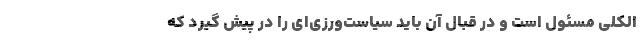
الکلی مسئول است و در قبال آن باید سیاست‌ورزی‌ای را در پیش گیرد که